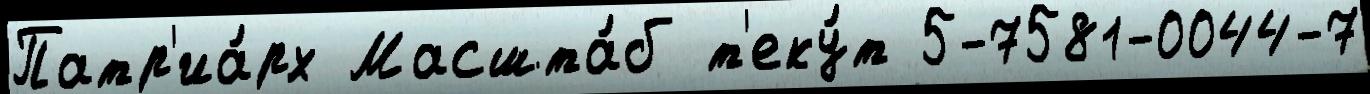
Патр'иа́рх Масшта́б т'еку́т 5-7581-0044-7